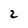
Character: 2